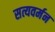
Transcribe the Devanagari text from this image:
सत्यवर्मन